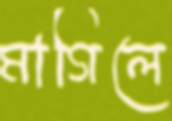
মাগিলে